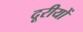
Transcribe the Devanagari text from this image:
दूरीयों